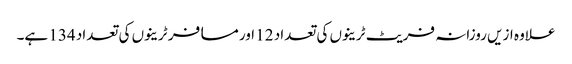
علاوہ ازیں روزانہ فریٹ ٹرینوں کی تعداد 12 اور مسافر ٹرینوں کی تعداد 134 ہے۔